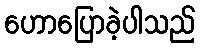
ဟောပြောခဲ့ပါသည်